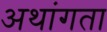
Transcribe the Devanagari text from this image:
अथांगता